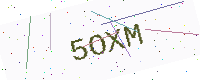
Text: 5OXM